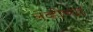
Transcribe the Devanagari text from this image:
लेव्हीच्या